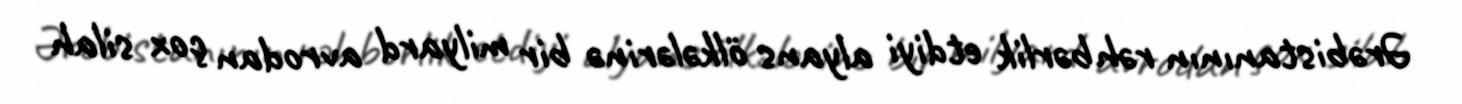
Ərəbistanının rəhbərlik etdiyi alyans ölkələrinə bir milyard avrodan çox silah